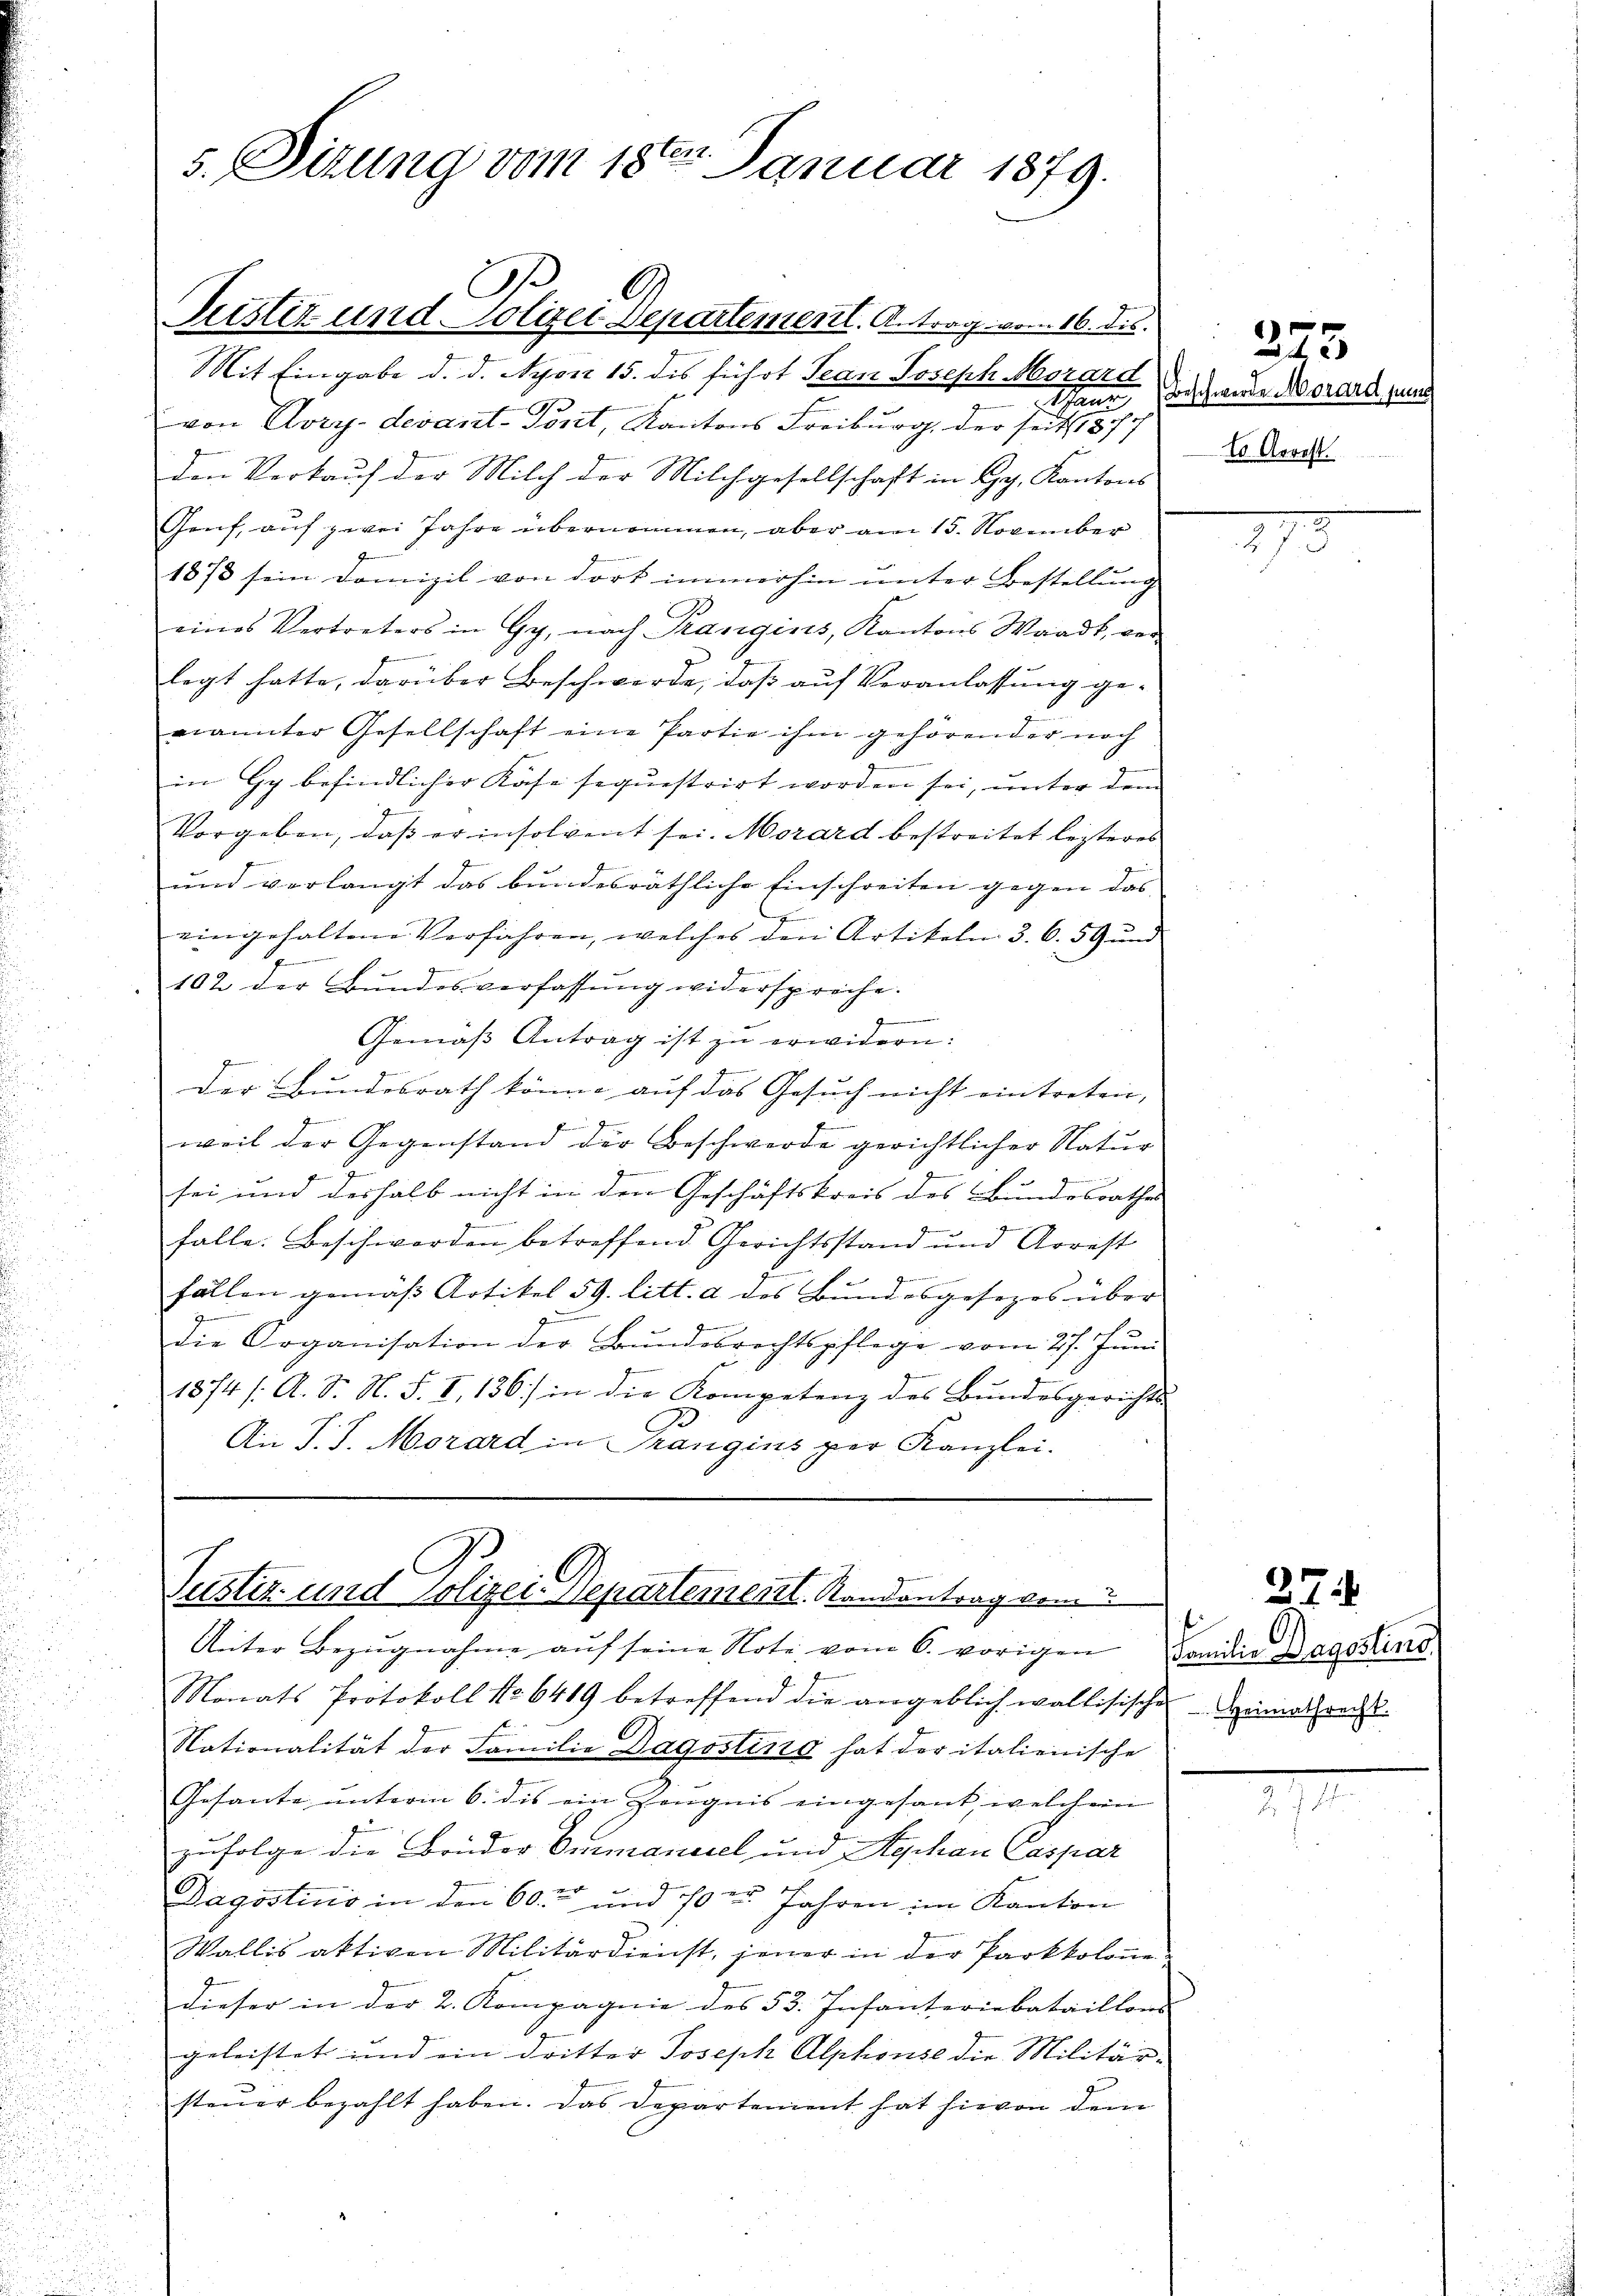
C
Pustiz und Polizei Departement. Antrag vom 16. ds.
Mit Eingabe d. d. Nyon 15. dis führt Tean Joseph Morard
von Dory-devant-Port, Kantons Freiburg, der seits 1877
den Verkauf der Milch der Milchgesellschaft in Hy. Kantons-
Genf, auf zwei Jahre übernommen, aber am 15. November
1878 sein Domizil von dort immerhin unter Bestellung
eines Vertreters in Gy, nach Rangins, Kantons Waadt, vor
d
legt hatte, darüber Beschwerde, daß auf Veranlassung genannter Gesellschaft eine Partie ihm gehörender noch
in Hy befindlicher Käse sequestrirt worden sei, unter dem
Vorgeben, daß er insolvent sei. Morard bestreitet lezteres
und verlangt das bundesräthliche Einschreiten gegen das
eingehaltene Verfahren, welches den Artikeln 3. 65 Gŭnd
102 der Bŭndesverfassŭng widerspreche.
Gemäβ Antrag ist zu erwidern:
se
Der Bundesrath könne auf das Gesuch nicht eintreten,
e
weil der Gegenstand der Beschwerde gerichtlicher Natur

sei und deshalb nicht in den Geschäftskreis des Bundesrathes
x
falle. Beschwerden betreffend Gerichtsstand und Arrest

fällen gemäß Artikel 59. litt. a des Bundesgesezes über
zu
die Organisation der Bŭndesrechtspflege vom 27. Jŭni
1874 /: A. S. N. S. I, 136) in die Kompetenz des Bundesgerichts-
An P. J. Morard in Trangins per Kanzlei.

s. Sizung vom 18ten Januar 1879.

g
Justiz- und Polizei-Departementl. Randantrag vom 5

Unter Bezŭgnahme aŭf seine Note vom 6. vorigen Familie Dagodins
Monats Protokoll No 6419 betreffend die angeblich wallisischer Heimathrecht.
Nationalität der Familie Dagostins hat der italienische
Gesante unterm 6. des ein Zeugnis eingesant, welchem
zufolge die Brüder Ommandel und Agchan Caspar
Dagosticis in den 60. und 10 t Jahren im Kanton
Wallis aktiven Militärdienst, jener in der Parkkolone
dieser in der 2. Kompagnie des 53. Infanteriebataillons
geleistet und ein dritter Joseph Alphonse die Militär-
steŭer bezahlt haben. Das Departement hat hievon dem

Thann Vorschweren Morand seine
lo Arrest

325.

27

27